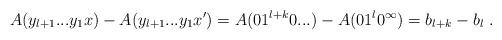
LaTeX: \begin{align*}A(y_{l+1}...y_1x) - A(y_{l+1}...y_1x') = A(01^{l+k}0...) - A(01^l0^\infty) = b_{l+k} - b_l \ .\end{align*}